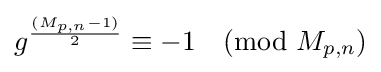
g^{\frac {(M_{p,n}-1)}{2}}\equiv -1{\pmod {M_{p,n}}}